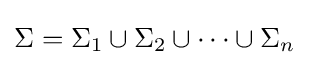
\Sigma =\Sigma _{1}\cup \Sigma _{2}\cup \cdots \cup \Sigma _{n}